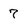
Character: 7